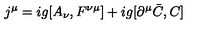
j ^ { \mu } = i g [ A _ { \nu } , F ^ { \nu \mu } ] + i g [ \partial ^ { \mu } \bar { C } , C ]